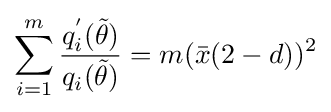
\sum _{i=1}^{m}{\frac {q_{i}^{'}({\tilde {\theta }})}{q_{i}({\tilde {\theta }})}}=m({\bar {x}}(2-d))^{2}